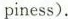
piness).